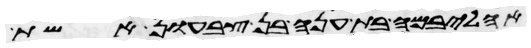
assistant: אהליבמה בת ענה בן צבעון אשת